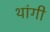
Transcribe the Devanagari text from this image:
थांगी